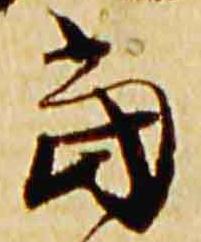
当